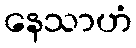
နေသာဟံ